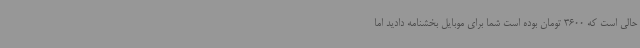
حالی است که 3600 تومان بوده است شما برای موبایل بخشنامه دادید اما